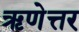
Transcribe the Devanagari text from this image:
ऋणेत्तर